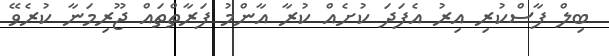
ބިލް ފާސްކުރި އިރު އެފަދަ ކުށެއް ކުރާ އާންމު ފަރާތްތައް ޖޫރިމަނާ ކުރެވޭ